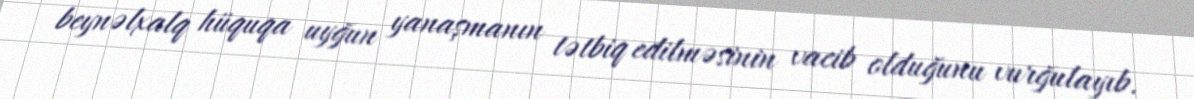
beynəlxalq hüquqa uyğun yanaşmanın tətbiq edilməsinin vacib olduğunu vurğulayıb.